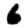
Digit: 6